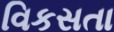
વિકસતા